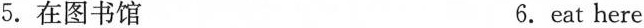
5. 在图书馆 6.eat here